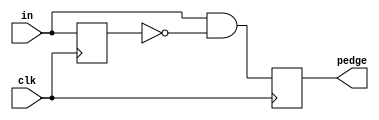
module top_module (
    input clk,
    input [7:0] in,
    output [7:0] pedge
);

	reg [7:0] temp;
    always @ (posedge clk) begin
        temp <= in; //temp 跟 in 差一個clk
        pedge <= in & ~temp; //in為1 temp為0
    end
endmodule